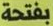
بفتحة